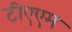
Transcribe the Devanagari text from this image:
टीएएम